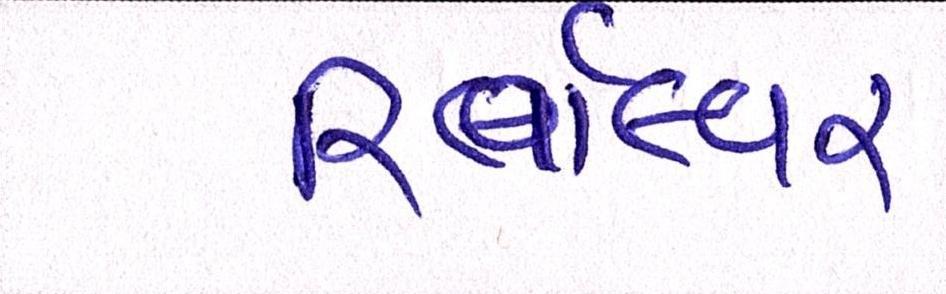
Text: રિવૉલ્વર